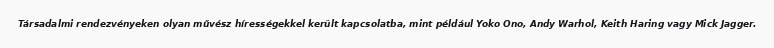
Társadalmi rendezvényeken olyan művész hírességekkel került kapcsolatba, mint például Yoko Ono, Andy Warhol, Keith Haring vagy Mick Jagger.